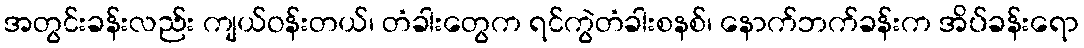
အတွင်းခန်းလည်း ကျယ်ဝန်းတယ်၊ တံခါးတွေက ရင်ကွဲတံခါးစနစ်၊ နောက်ဘက်ခန်းက အိပ်ခန်းရော